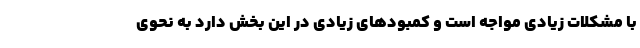
با مشکلات زیادی مواجه است و کمبودهای زیادی در این بخش دارد به نحوی